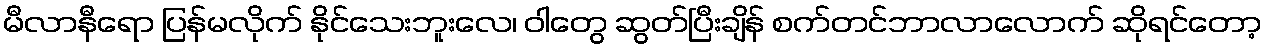
မီလာနီရော ပြန်မလိုက် နိုင်သေးဘူးလေ၊ ဝါတွေ ဆွတ်ပြီးချိန် စက်တင်ဘာလာလောက် ဆိုရင်တော့